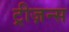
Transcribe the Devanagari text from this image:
ट्रीज़न्स